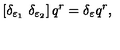
\left[ \delta _ { \varepsilon _ { 1 } } \ \delta _ { \varepsilon _ { 2 } } \right] q ^ { r } = \delta _ { \varepsilon } q ^ { r } ,